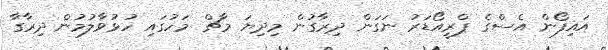
އައިފޯން އެސްގެ ޕްރީއޯޑަރު ނަގަން ދިރާގުން މިދިޔަ މާޗް މަހުގައި ހުޅުވާލުމުން ދިރާގާ